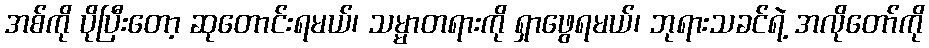
အစ်ကို ပိုပြီးတော့ ဆုတောင်းရမယ်၊ သမ္မာတရားကို ရှာဖွေရမယ်၊ ဘုရားသခင်ရဲ့ အလိုတော်ကို